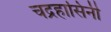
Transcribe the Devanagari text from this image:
चद्रहासिनी